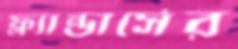
ফ্ল্যান্ডার্সের